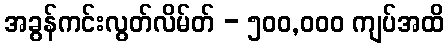
အခွန်ကင်းလွတ်လိမ်တ် - ၅၀၀,၀၀၀ ကျပ်အထိ